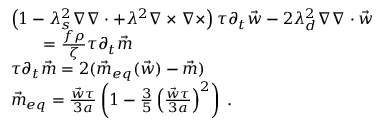
\begin{array} { r l } & { \left( 1 - \lambda _ { s } ^ { 2 } \nabla \nabla \cdot + \lambda ^ { 2 } \nabla \times \nabla \times \right) \tau \partial _ { t } \vec { w } - 2 \lambda _ { d } ^ { 2 } \nabla \nabla \cdot \vec { w } } \\ & { \quad \quad = \frac { f \rho } { \zeta } \tau \partial _ { t } \vec { m } } \\ & { \tau \partial _ { t } \vec { m } = 2 ( \vec { m } _ { e q } ( \vec { w } ) - \vec { m } ) } \\ & { \vec { m } _ { e q } = \frac { \vec { w } \tau } { 3 a } \left( 1 - \frac { 3 } { 5 } \left( \frac { \vec { w } \tau } { 3 a } \right) ^ { 2 } \right) \; . } \end{array}